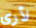
لأري